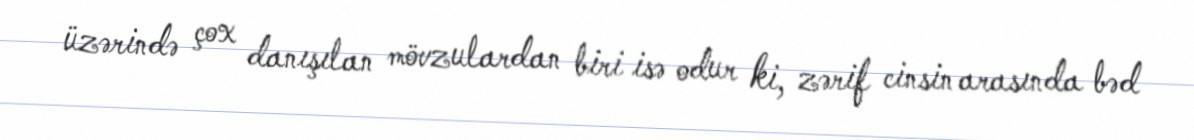
üzərində çox danışılan mövzulardan biri isə odur ki, zərif cinsin arasında bəd